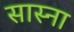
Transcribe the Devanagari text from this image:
सास्ना